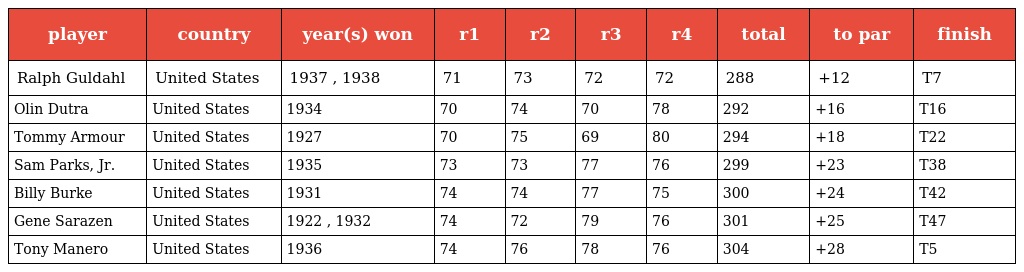
| player | country | year(s) won | r1 | r2 | r3 | r4 | total | to par | finish |
 | --- | --- | --- | --- | --- | --- | --- | --- | --- | --- |
 | Ralph Guldahl | United States | 1937 , 1938 | 71 | 73 | 72 | 72 | 288 | +12 | T7 |
 | Olin Dutra | United States | 1934 | 70 | 74 | 70 | 78 | 292 | +16 | T16 |
 | Tommy Armour | United States | 1927 | 70 | 75 | 69 | 80 | 294 | +18 | T22 |
 | Sam Parks, Jr. | United States | 1935 | 73 | 73 | 77 | 76 | 299 | +23 | T38 |
 | Billy Burke | United States | 1931 | 74 | 74 | 77 | 75 | 300 | +24 | T42 |
 | Gene Sarazen | United States | 1922 , 1932 | 74 | 72 | 79 | 76 | 301 | +25 | T47 |
 | Tony Manero | United States | 1936 | 74 | 76 | 78 | 76 | 304 | +28 | T5 |